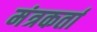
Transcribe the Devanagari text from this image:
मंत्रकर्ता